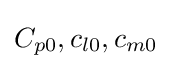
C_{p0},c_{l0},c_{m0}